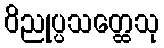
ဝိညုပ္ပသတ္ထေသု